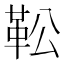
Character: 𩉭